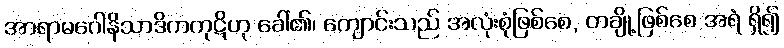
အာရာမဂေါနိသာဒိကကုဋိဟု ခေါ်၏၊ ကျောင်းသည် အလုံးစုံဖြစ်စေ, တချို့ဖြစ်စေ အရံ ရှိ၍